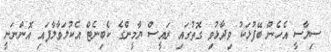
ސިޔާސީ އެހެން ބޭފުޅަކު ވިދާޅުވި ގޮތުގައި ރައީސް ޔާމީންގެ ކެބިނެޓް އެކުލަވާލާފައި އޮންނަނީ